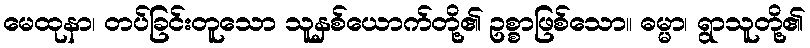
မေထုနာ၊ တပ်ခြင်းတူသော သူနှစ်ယောက်တို့၏ ဥစ္စာဖြစ်သော။ ဓမ္မာ၊ ရွာသူတို့၏